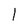
Character: 1